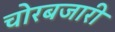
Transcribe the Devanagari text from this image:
चोरबजारी